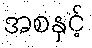
အစနှင့်